Civil Veterinary Department. Madras. Admin. report 1926-33 - 1926-1933
Year: 1926
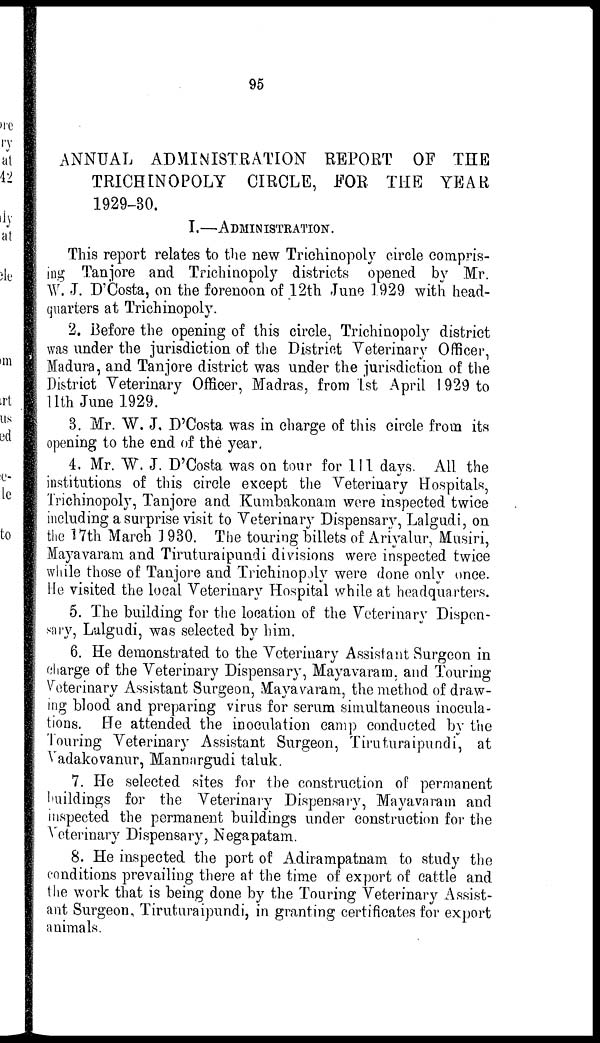
95
ANNUAL ADMINISTRATION REPORT OF THE
TRICHINOPOLY CIRCLE, FOR THE YEAR
1929-30.
I.—ADMINISTRATION.
This report relates to the new Trichinopoly circle compris-
ing Tanjore and Trichinopoly districts opened by Mr.
W. J. D'Costa, on the forenoon of 12th June 1929 with head-
quarters at Trichinopoly.
2. Before the opening of this circle, Trichinopoly district
was under the jurisdiction of the District Veterinary Officer,
Madura, and Tanjore district was under the jurisdiction of the
District Veterinary Officer, Madras, from 1st April 1929 to
11th June 1929.
3. Mr. W. J. D'Costa was in charge of this circle from its
opening to the end of the year.
4. Mr. W. J. D'Costa was on tour for 111 days. All the
institutions of this circle except the Veterinary Hospitals,
Trichinopoly, Tanjore and Kumbakonam were inspected twice
including a surprise visit to Veterinary Dispensary, Lalgudi, on
the 17th March 1930. The touring billets of Ariyalur, Musiri,
Mayavaram and Tiruturaipundi divisions were inspected twice
while those of Tanjore and Trichinopoly were done only once.
He visited the local Veterinary Hospital while at headquarters.
5. The building for the location of the Veterinary Dispen-
sary, Lalgudi, was selected by him.
6. He demonstrated to the Veterinary Assistant Surgeon in
charge of the Veterinary Dispensary, Mayavaram, and Touring
Veterinary Assistant Surgeon, Mayavaram, the method of draw-
ing blood and preparing virus for serum simultaneous inocula-
tions. He attended the inoculation camp conducted by the
Touring Veterinary Assistant Surgeon, Tiruturaipundi, at
Vadakovanur, Mannargudi taluk.
7. He selected sites for the construction of permanent
buildings for the Veterinary Dispensary, Mayavaram and
inspected the permanent buildings under construction for the
Veterinary Dispensary, Negapatam.
8. He inspected the port of Adirampatnam to study the
conditions prevailing there at the time of export of cattle and
the work that is being done by the Touring Veterinary Assist-
ant Surgeon, Tiruturaipundi, in granting certificates for export
animals.